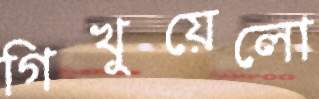
গিখুয়েলো